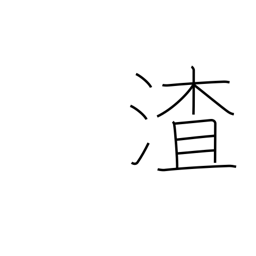
Meaning: dregs